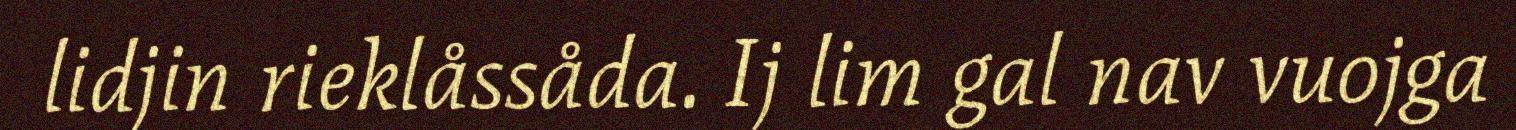
lidjin rieklåssåda. Ij lim gal nav vuojga